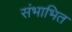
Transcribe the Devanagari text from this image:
संभाभित